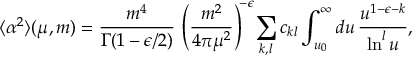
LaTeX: \langle \alpha ^ { 2 } \rangle ( \mu , m ) = \frac { m ^ { 4 } } { \Gamma ( 1 - \epsilon / 2 ) } \, \left( \frac { m ^ { 2 } } { 4 \pi \mu ^ { 2 } } \right) ^ { \! - \epsilon } \! \sum _ { k , l } c _ { k l } \int _ { u _ { 0 } } ^ { \infty } d u \, \frac { u ^ { 1 - \epsilon - k } } { \ln ^ { l } u } ,